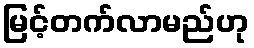
မြင့်တက်လာမည်ဟု